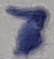
Text: 7